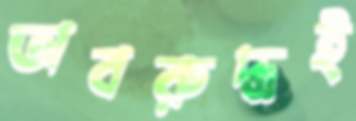
অবরুদ্ধই